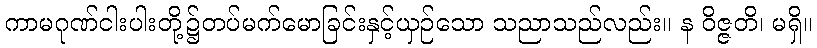
ကာမဂုဏ်ငါးပါးတို့၌တပ်မက်မောခြင်းနှင့်ယှဉ်သော သညာသည်လည်း။ န ဝိဇ္ဇတိ၊ မရှိ။